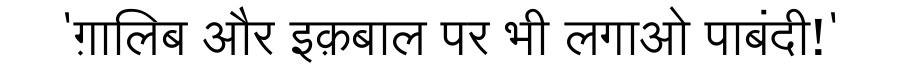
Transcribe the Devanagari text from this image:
'ग़ालिब और इक़बाल पर भी लगाओ पाबंदी!'